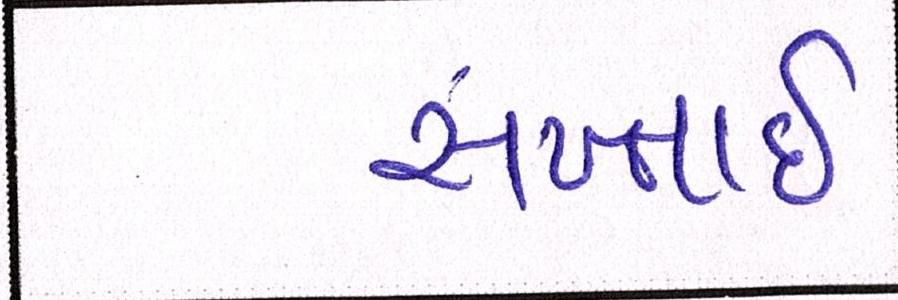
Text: સખ્તાઈ